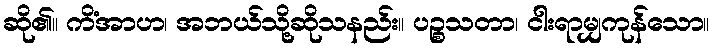
ဆို၏။ ကိံအာဟ၊ အဘယ်သို့ဆိုသနည်း။ ပဉ္စသတာ၊ ငါးရာမျှကုန်သော။